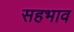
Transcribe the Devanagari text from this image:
सहभाव